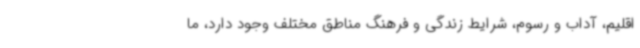
اقلیم، آداب و رسوم، شرایط زندگی و فرهنگ مناطق مختلف وجود دارد، ما